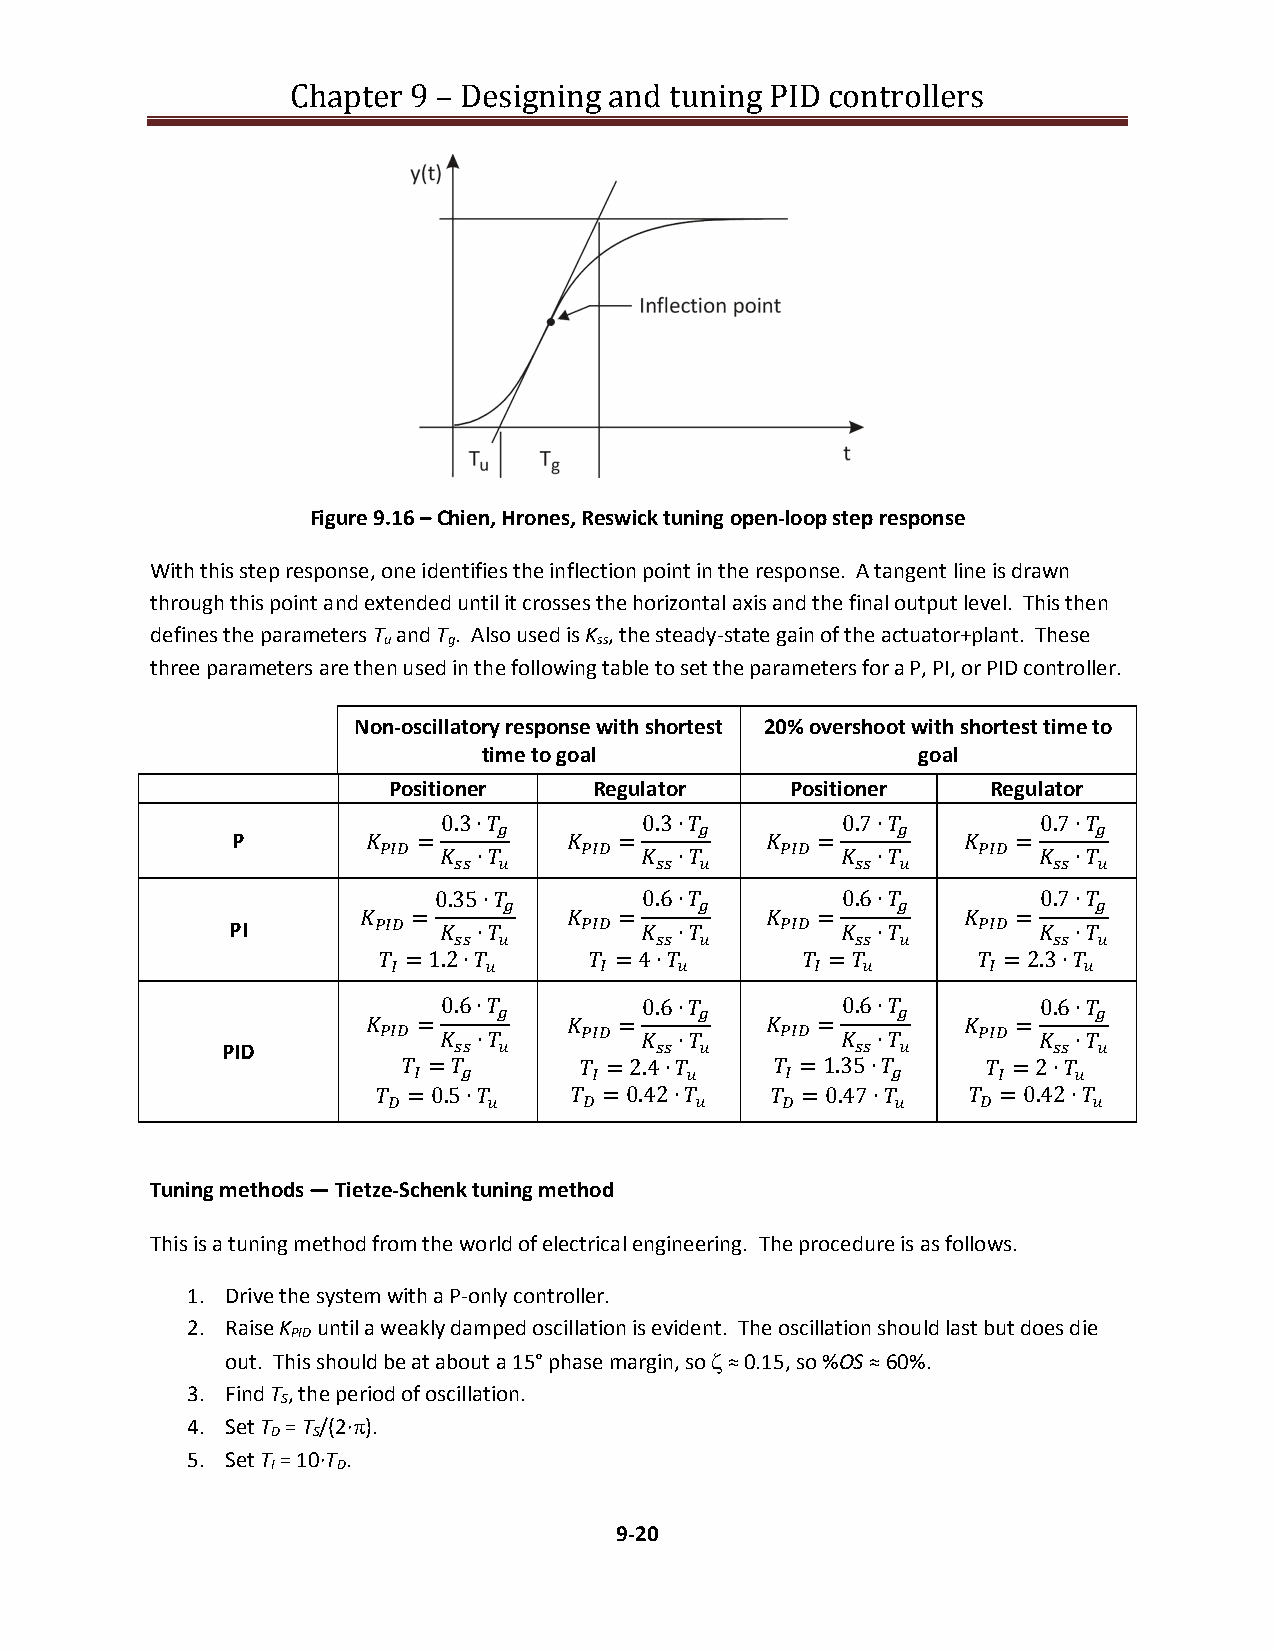
Chapter 9 – Designing and tuning PID controllers
 Figure 9.16 – Chien, Hrones, Reswick tuning open-loop step response
 With this step response, one identifies the inflection point in the response. A tangent line is drawn
 through this point and extended until it crosses the horizontal axis and the final output level. This then
 defines the parameters T and T . Also used is K , the steady-state gain of the actuator+plant. These
 u    g         ss
 three parameters are then used in the following table to set the parameters for a P, PI, or PID controller.
 Non-oscillatory response with shortest 20% overshoot with shortest time to
 time to goal                 goal
 Positioner   Regulator    Positioner    Regulator
 0.3∙         0.3∙        0.7∙        0.7∙

 P           =           =           =           =
    ∙       ∙       ∙       ∙

 0.35∙        0.6∙        0.6∙        0.7∙

   =            =           =           =
 PI           ∙       ∙       ∙       ∙

  = 1.2∙      = 4∙        =         = 2.3∙

 0.6∙         0.6∙        0.6∙        0.6∙

    =           =           =           =
    ∙       ∙       ∙       ∙
 PID
  =        = 2.4∙     = 1.35∙     = 2∙

  = 0.5∙     = 0.42∙    = 0.47∙    = 0.42∙

 Tuning methods — Tietze-Schenk tuning method
 This is a tuning method from the world of electrical engineering. The procedure is as follows.
 1. Drive the system with a P-only controller.
 2. Raise K until a weakly damped oscillation is evident. The oscillation should last but does die
 PID
 out. This should be at about a 15° phase margin, so  ≈ 0.15, so %OS ≈ 60%.
 3. Find T , the period of oscillation.
 S
 4. Set T = T /(2·).
 D  S
 5. Set T = 10·T .
 I   D
 9-20